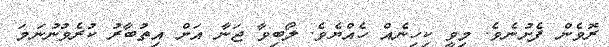
ރޮވެން ފެށުނެވެ. މިވީ ކިހިނެއް ހެއްޔެވެ. ލޯބިވާ ޖަނާ އަށް އިތުބާރު ކުރެވުނުނަމަ